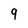
Character: 9